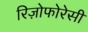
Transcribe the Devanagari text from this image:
रिज़ोफोरेसी